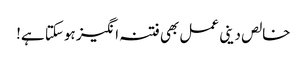
خالص دینی عمل بھی فتنہ انگیز ہوسکتا ہے!